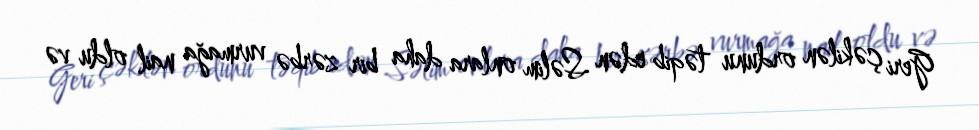
Geri çəkilən ordunu təqib edən Səlim onlara daha bir zərbə vurmağa nail oldu və